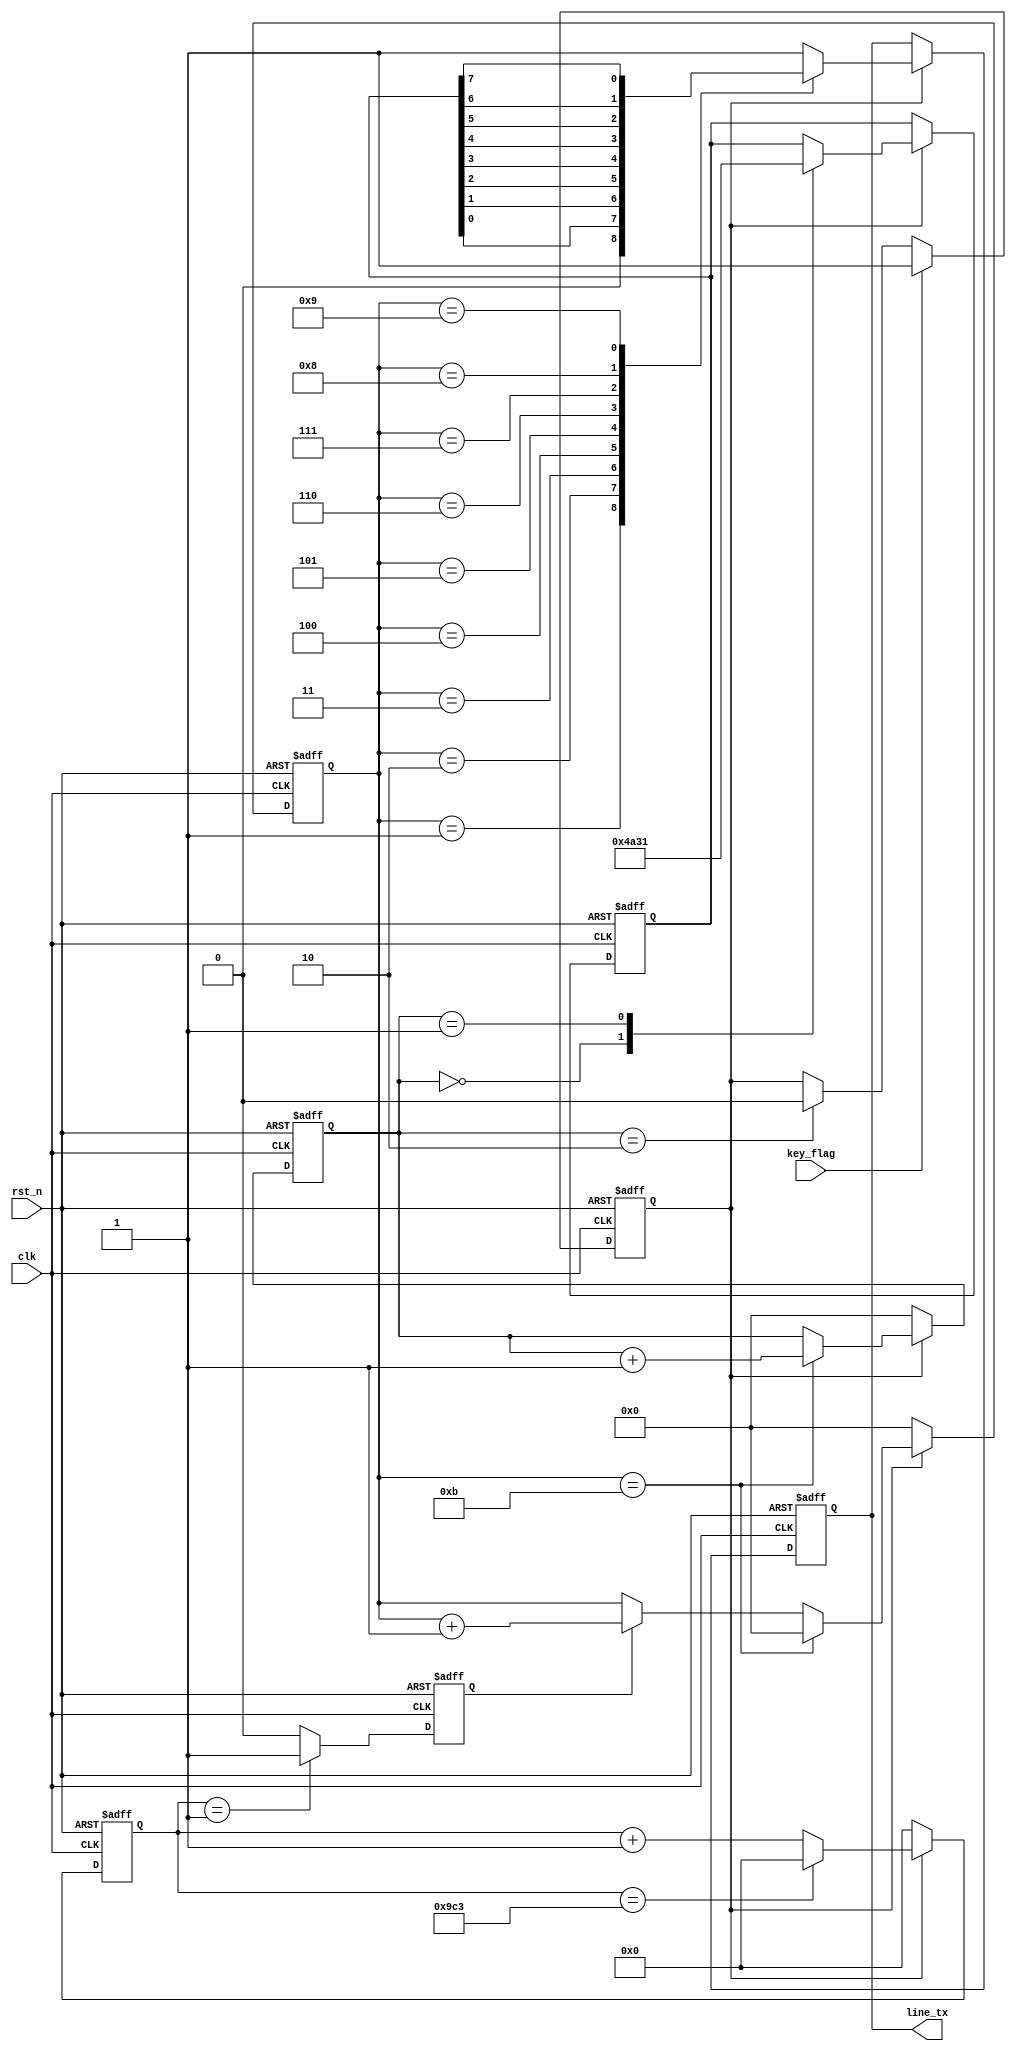
module uart_tx_ly7( clk,
	rst_n,
	key_flag,
	line_tx
    );
    input clk;
	input rst_n;
	input key_flag;
	output reg line_tx;
	 
	 
parameter tx_start = 0,tx_stop = 1; 
reg [12:0] cnt;
reg clk_tx;
reg [3:0] cnt_tx;
reg en ;
reg [3:0]cnt_stop;
reg [7:0]data_tx ;



always @(posedge clk or negedge rst_n)
begin
    if(!rst_n)
	 en <= 0;
	 else if(key_flag)
	 en <= 1;
	 else if(cnt_stop == 2)
	 en <= 0;
end

// 


always @(posedge clk or negedge rst_n)
begin
    if(!rst_n)
	     cnt <= 0;
	 else if(en)
	 begin
	     if(cnt == 2499)
	         cnt <= 0;
	     else 
	         cnt <= cnt + 1'b1;
	 end
	 else 
	     cnt <= 0;
end
//

always @(posedge clk or negedge rst_n)
begin
    if(!rst_n)
	     clk_tx <= 0;
	 else if(cnt == 1)
	     clk_tx <= 1;
	 else 
	     clk_tx <= 0;
end
//

always @(posedge clk or negedge rst_n)
begin
    if(!rst_n)
	 begin
	     cnt_tx <= 0;
		  cnt_stop <= 0;
		  end
	 else if(en)
	 begin
	     if(cnt_tx == 11)
		  begin
	         cnt_tx <= 0;
				cnt_stop <= cnt_stop + 1'b1;
				end
	     else if(clk_tx)
	         cnt_tx <= cnt_tx + 1'b1;
	 end
	 else 
	 begin
	     cnt_tx <= 0;
		  cnt_stop <= 0;
		  end
end

//

always @(posedge clk or negedge rst_n)
begin
    if(!rst_n)
	 data_tx <= 8'b1011_0101;
	 else if(en)
	 case(cnt_stop)
	 'd0:data_tx <= "J";	 
	 'd1:data_tx <= "1";	 
	 endcase
	 
end

always @(posedge clk or negedge rst_n)
begin
    if(!rst_n)
        line_tx <= 1;
	 else if(en)
	 case(cnt_tx)
	 'd0:line_tx <= 1;
	 'd1:line_tx <= tx_start;
	 'd2:line_tx <= data_tx[0];
	 'd3:line_tx <= data_tx[1];
	 'd4:line_tx <= data_tx[2];
	 'd5:line_tx <= data_tx[3];
	 'd6:line_tx <= data_tx[4];
	 'd7:line_tx <= data_tx[5];
	 'd8:line_tx <= data_tx[6];
	 'd9:line_tx <= data_tx[7];
	 'd10:line_tx <= tx_stop;
	 default:line_tx <= 1;
	 endcase
end

endmodule